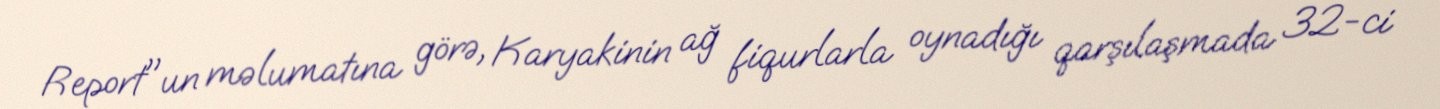
Report"un məlumatına görə, Karyakinin ağ fiqurlarla oynadığı qarşılaşmada 32-ci